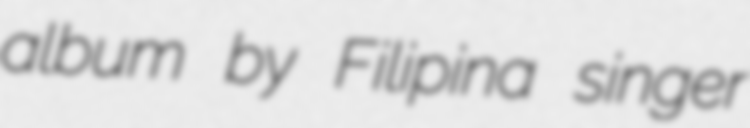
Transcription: album by Filipina singer